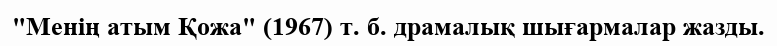
"Менің атым Қожа" (1967) т. б. драмалық шығармалар жазды.